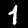
Digit: 1